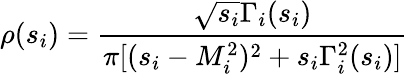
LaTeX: \rho(s_{i})=\frac{\sqrt{s_{i}}\Gamma_{i}(s_{i})}{\pi[(s_{i}-M_{i}^{2})^{2}+s_{i}\Gamma_{i}^{2}(s_{i})]}